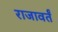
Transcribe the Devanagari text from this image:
राजावर्तं